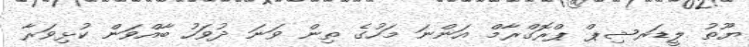
ޔޫތު ލީޑަރޝިޕް ޕްރޮގްރާމް އަންނަ މަހުގެ ތިން ވަނަ ދުވަހު ބާއްވަން ކުޅިވަރާ